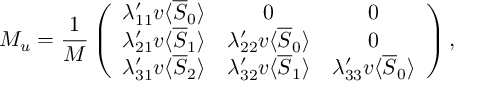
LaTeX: M _ { u } = \frac { 1 } { M } \left( \begin{array} { c c c } { { \lambda _ { 1 1 } ^ { \prime } v \langle \overline { { { S } } } _ { 0 } \rangle } } & { { 0 } } & { { 0 } } \\ { { \lambda _ { 2 1 } ^ { \prime } v \langle \overline { { { S } } } _ { 1 } \rangle } } & { { \lambda _ { 2 2 } ^ { \prime } v \langle \overline { { { S } } } _ { 0 } \rangle } } & { { 0 } } \\ { { \lambda _ { 3 1 } ^ { \prime } v \langle \overline { { { S } } } _ { 2 } \rangle } } & { { \lambda _ { 3 2 } ^ { \prime } v \langle \overline { { { S } } } _ { 1 } \rangle } } & { { \lambda _ { 3 3 } ^ { \prime } v \langle \overline { { { S } } } _ { 0 } \rangle } } \end{array} \right) ,